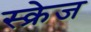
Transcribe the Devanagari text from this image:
स्क्रेज